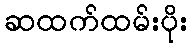
ဆထက်ထမ်းပိုး